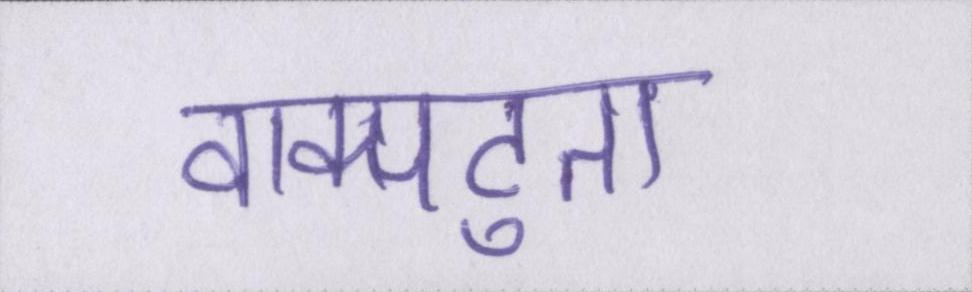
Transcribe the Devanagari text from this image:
वाक्पटुता